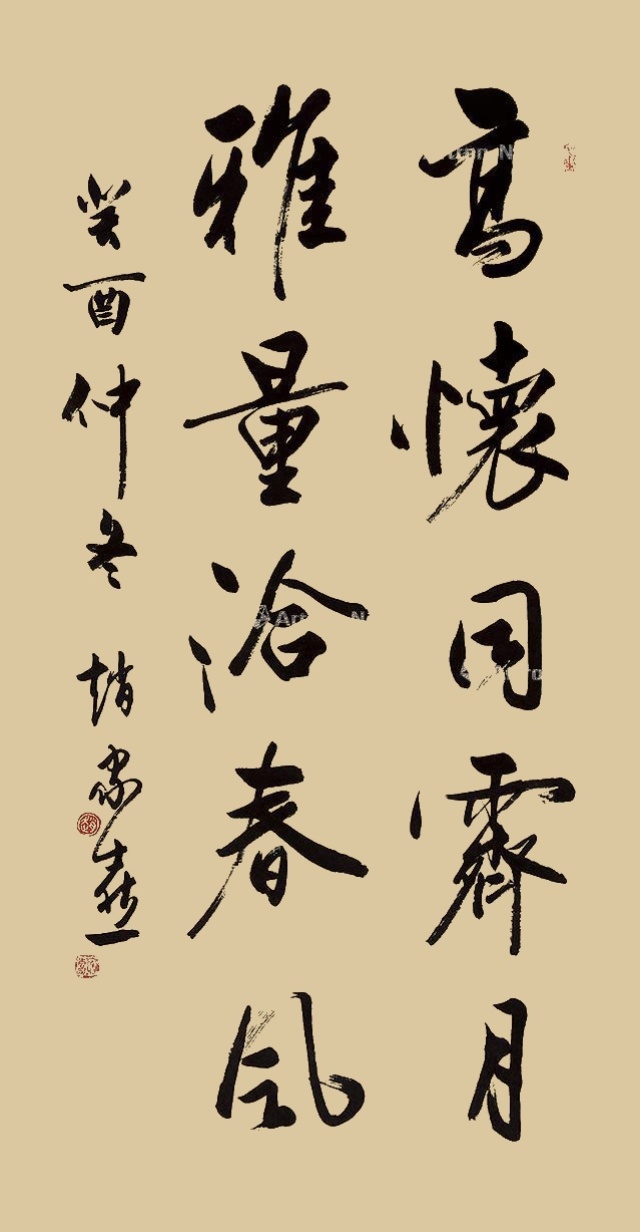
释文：高怀同霁月，雅量恰春风。癸酉仲冬，赵家熹。